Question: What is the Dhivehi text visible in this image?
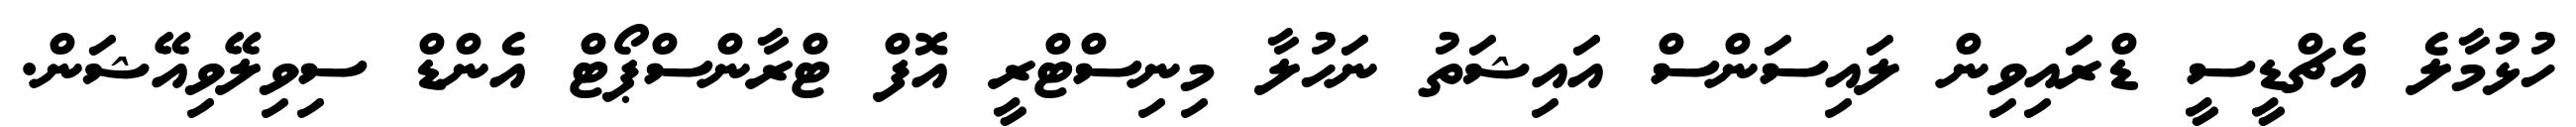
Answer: ހުޅުމާލެ އެޗްޑީސީ ޑްރައިވިން ލައިސަންސް އައިޝަތު ނަހުލާ މިނިސްޓްރީ އޮފް ޓްރާންސްޕޯޓް އެންޑް ސިވިލޭވިއޭޝަން.